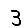
Digit: 3